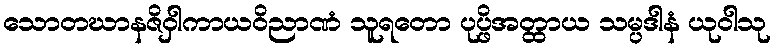
သောတဃာနဇိဝှါကာယဝိညာဏံ သူရတော ပုပ္ဖိအတ္ထာယ သမ္ပဒါနံ ယုဝါသု